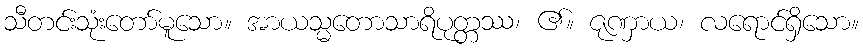
သီတင်းသုံးတော်မူသော။ အာယသ္မတောသာရိပုတ္တဿ၊ ၏။ ဇုဏှာယ၊ လရောင်ရှိသော။